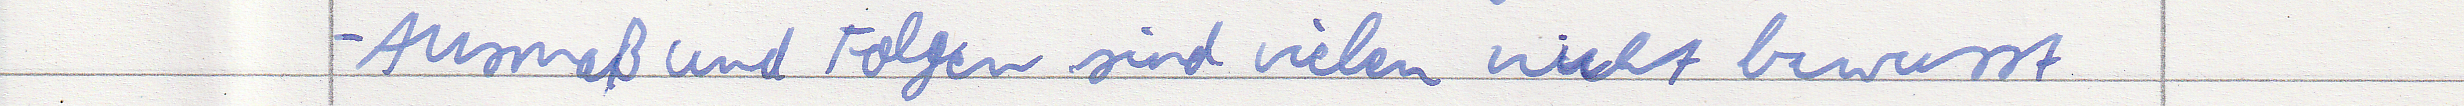
- Ausmaß und Folgen sind vielen nicht bewusst